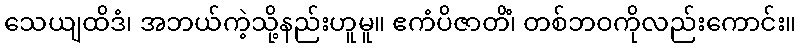
သေယျထိဒံ၊ အဘယ်ကဲ့သို့နည်းဟူမူ။ ဧကံပိဇာတိံ၊ တစ်ဘဝကိုလည်းကောင်း။